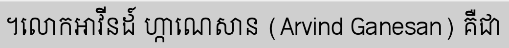
។លោកអាវីនដ៍ ហ្កាណេសាន (Arvind Ganesan) គឺជា